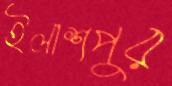
ইলাশপুর